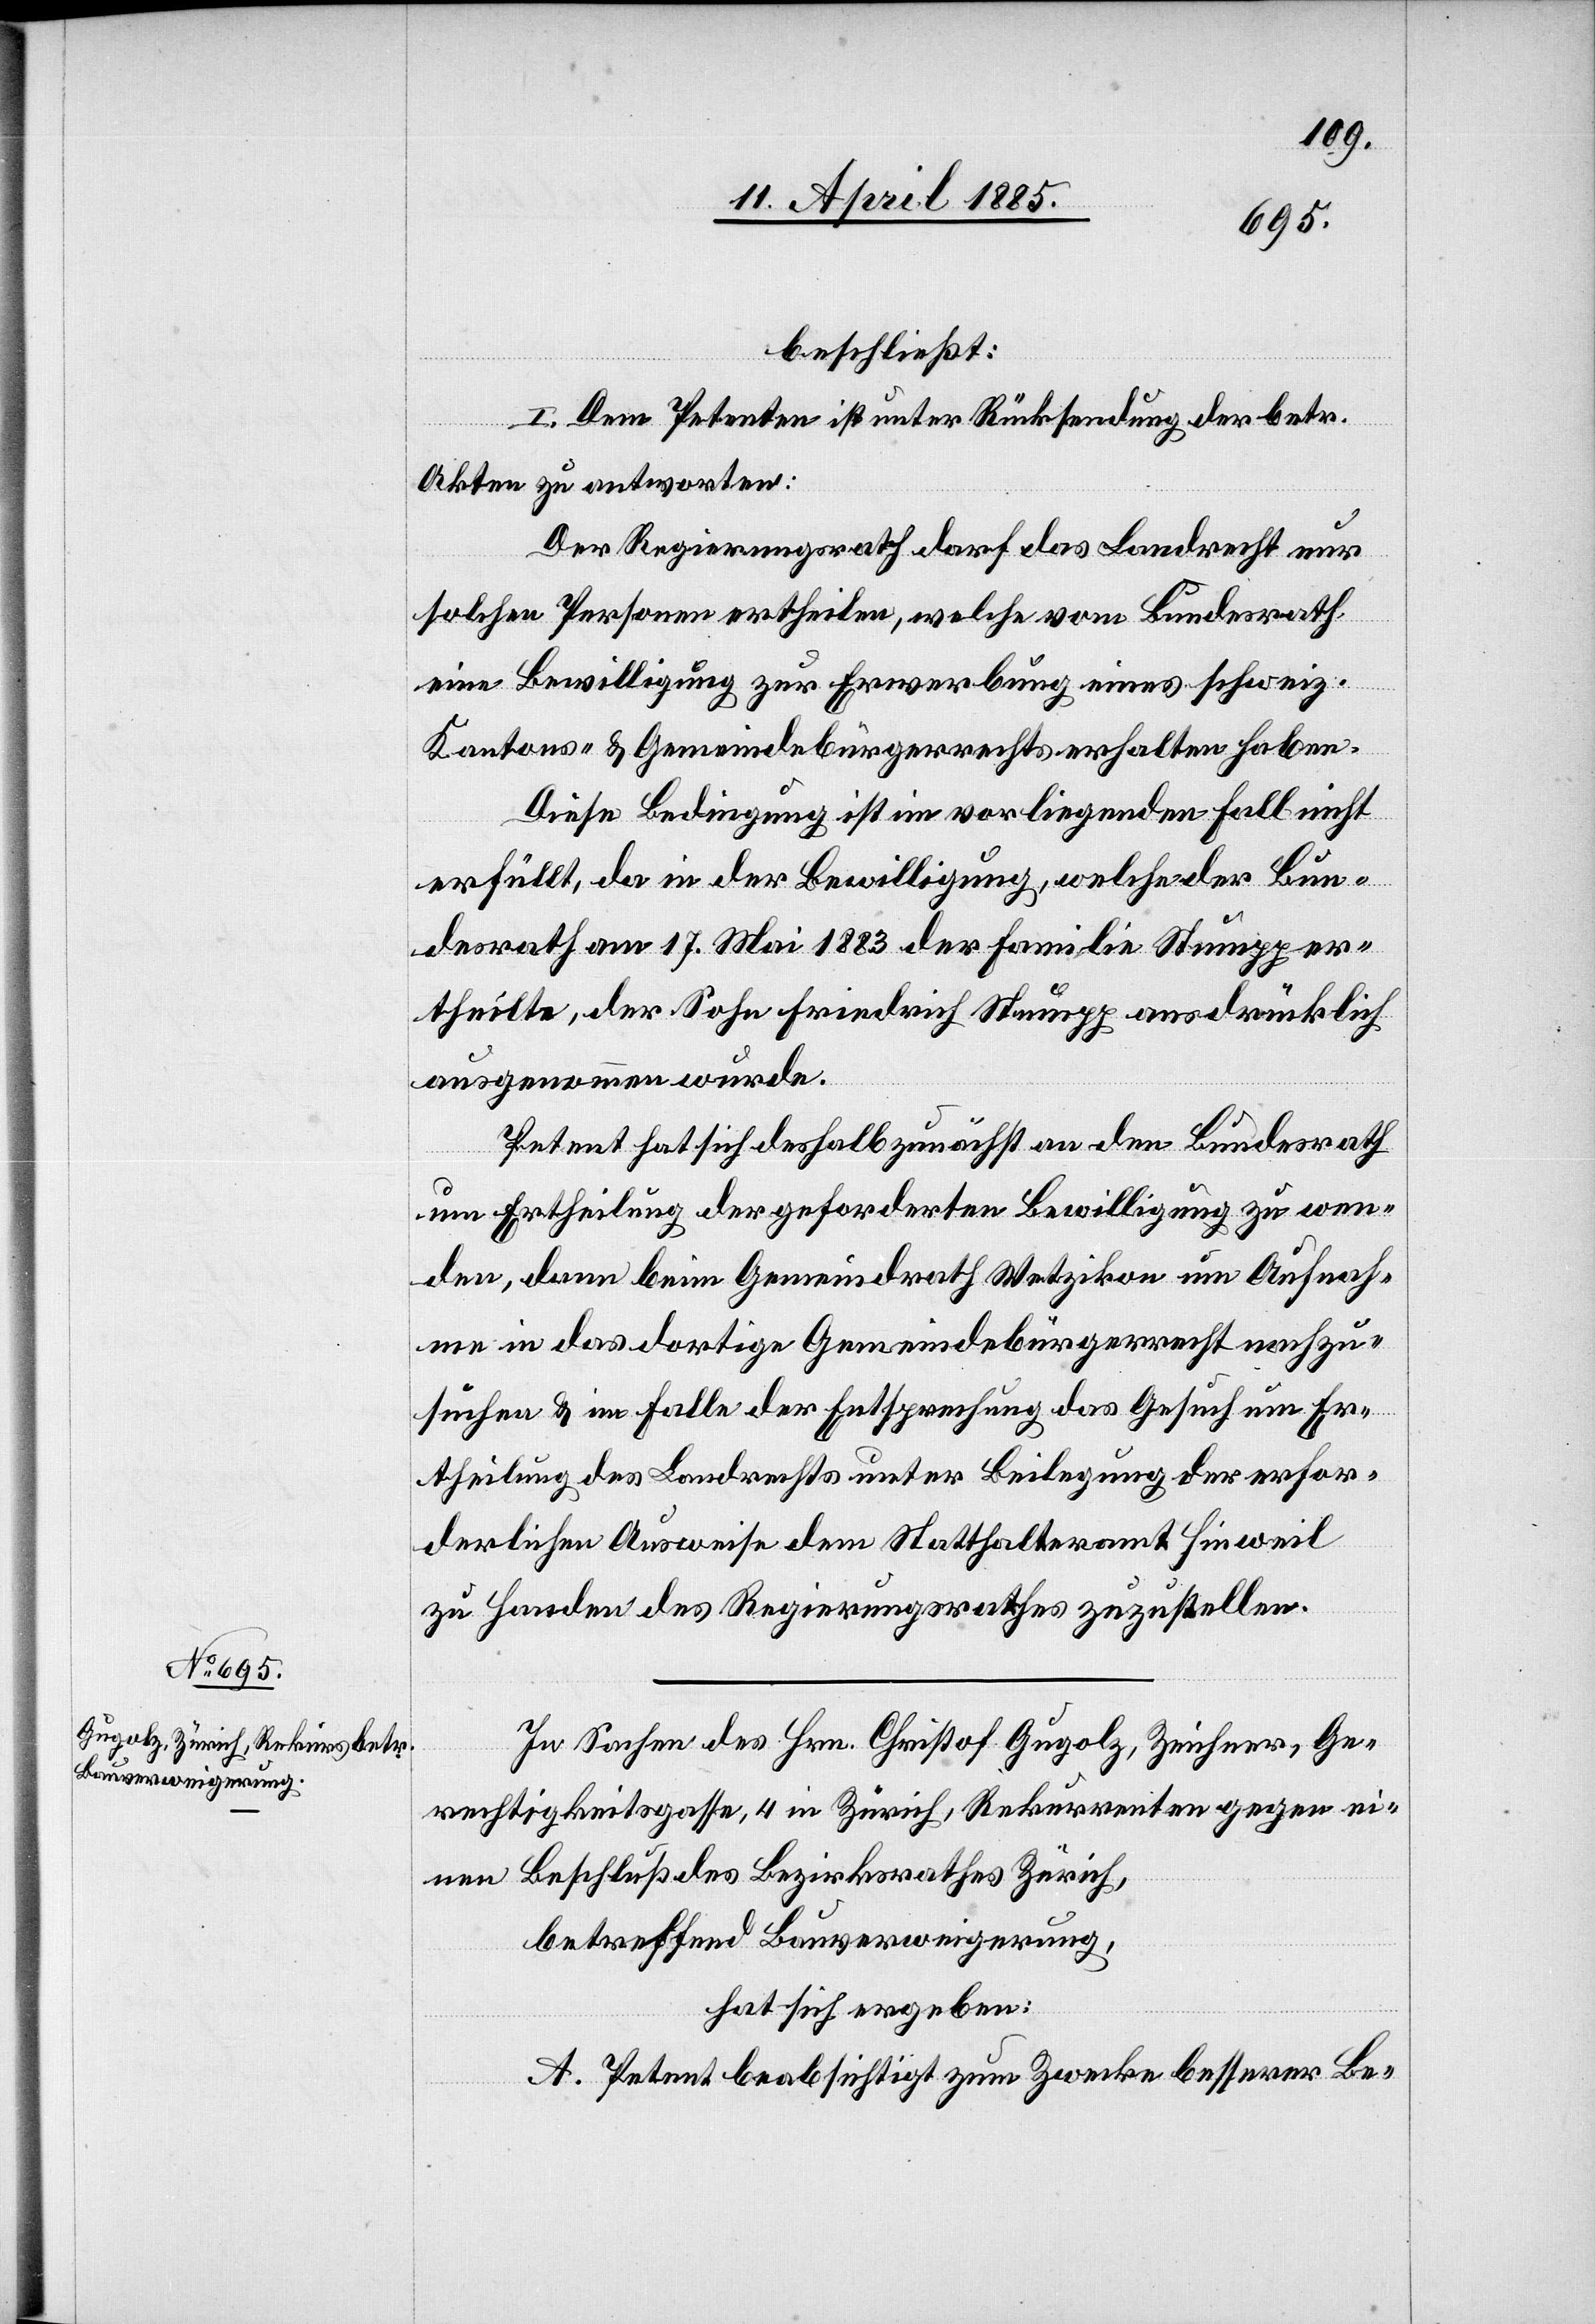
beschließt:
I. Dem Petent ist unter Rücksendung der betr.
Akten zu antworten:
Der Regierungsrath darf das Landrecht nur
solchen Personen ertheilen, welche vom Bundesrath
eine Bewilligung zur Erwerbung eines schweiz.
Kantons- & Gemeindebürgerrechts erhalten haben.
Diese Bedingung ist im vorliegenden Fall nicht
erfüllt, da in der Bewilligung, welche der Bun¬
desrath am 17. Mai 1883 der Familie Stumpp er¬
theilte, der Sohn Friedrich Stumpp ausdrücklich
ausgenommen wurde.
Petent hat sich deshalb zunächst an den Bundesrath
um Ertheilung der geforderten Bewilligung zu wen¬
den, dann beim Gemeindrath Wetzikon um Aufnah¬
me in das dortige Gemeindebürgerrecht nachzu¬
suchen & im Falle der Entsprechung das Gesuch um Er¬
theilung des Landrechts unter Beilegung der erfor¬
derlichen Ausweise dem Statthalteramt Hinweil
zu Handen des Regierungsrathes zuzustellen.
In Sachen des Hrn. Christof Gugolz, Zeichner, Ge¬
rechtigkeitsgasse, 4 in Zürich, Rekurrenten gegen ei¬
nen Beschluß des Bezirksrathes Zürich,
betreffend Bauverweigerung,
hat sich ergeben:
A. Petent beabsichtigt zum Zwecke besserer Be-